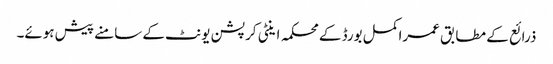
ذرائع کے مطابق عمراکمل بورڈ کے محکمہ اینٹی کرپشن یونٹ کے سامنے پیش ہوئے۔